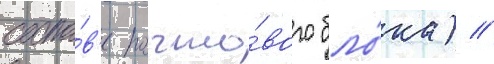
соста́в'е почто́вого бло́ка) //